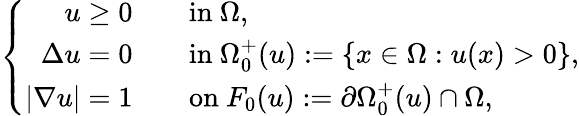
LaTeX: \left\{ \begin{array}{rl}{u\geq 0}&{\quad\mathrm{in~}\Omega,}\\ {\Delta u=0}&{\quad\mathrm{in~}\Omega_{0}^{+}(u):=\{ x\in\Omega:u(x)>0\} ,}\\ {|\nabla u|=1}&{\quad\mathrm{on~}F_{0}(u):=\partial\Omega_{0}^{+}(u)\cap\Omega,}\end{array}\right.